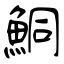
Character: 鮦